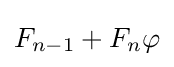
F_{n-1}+F_{n}\varphi